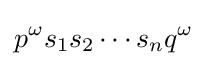
p^{\omega }s_{1}s_{2}\cdots s_{n}q^{\omega }